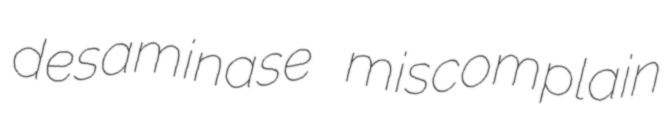
desaminase miscomplain